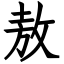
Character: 敖